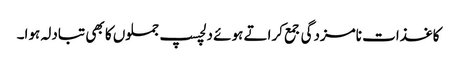
کاغذات نامزدگی جمع کراتے ہوئے دلچسپ جملوں کا بھی تبادلہ ہوا۔